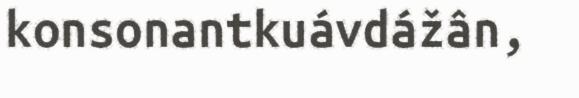
konsonantkuávdážân,